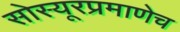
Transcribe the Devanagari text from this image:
सोस्यूरप्रमाणेच